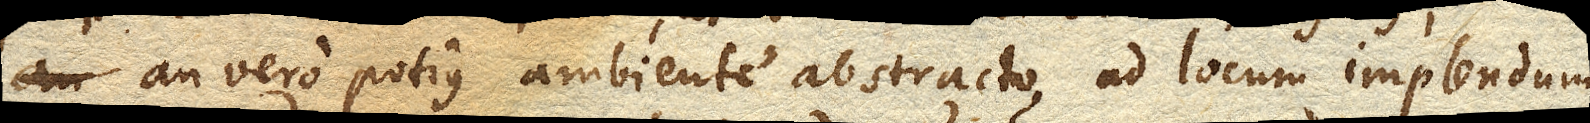
an vero potius ambiente abstracto ad locum implendum